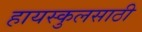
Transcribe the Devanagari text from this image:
हायस्‍कुलसाठी